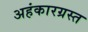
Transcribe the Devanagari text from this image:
अहंकारग्रस्त